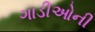
ગાડીઓની